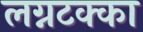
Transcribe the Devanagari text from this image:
लग्नटक्का